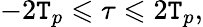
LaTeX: -2\mathtt{T}_{p}\leqslant\tau\leqslant2\mathtt{T}_{p},